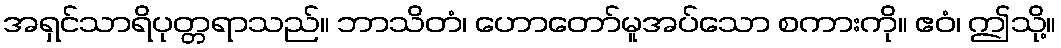
အရှင်သာရိပုတ္တရာသည်။ ဘာသိတံ၊ ဟောတော်မူအပ်သော စကားကို။ ဧဝံ၊ ဤသို့။